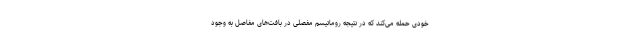
خودی حمله می‌کند که در نتیجه روماتیسم مفصلی در بافت‌های مفاصل به وجود